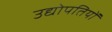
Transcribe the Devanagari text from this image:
उद्योपतियों